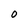
Character: 0